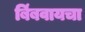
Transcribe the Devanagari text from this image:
बिंबवायचा